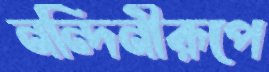
নন্দিনীরূপে